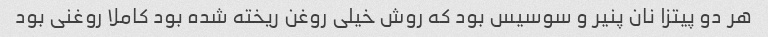
هر دو پیتزا نان پنیر و سوسیس بود که روش خیلی روغن ریخته شده بود کاملا روغنی بود